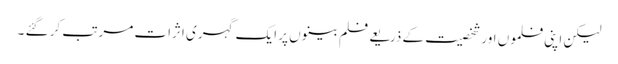
لیکن اپنی فلموں اور شخصیت کے ذریعے فلم بینوں پر ایک گہری اثرات مرتب کر گئے ۔